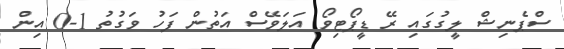
ސްޕެނިޝް ލީގުގައި ރޭ ޑީޕޯޓިވޯ އަލަވޭސް އަތުން ފަހު ވަގުތު 1-0 އިން